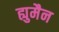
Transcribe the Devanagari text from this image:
ह्युमैन